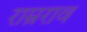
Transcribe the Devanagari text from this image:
राम्रराव